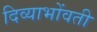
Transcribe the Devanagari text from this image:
दिव्याभोंवती